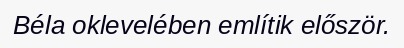
Béla oklevelében említik először.